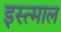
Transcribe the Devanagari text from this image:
इस्त्माल